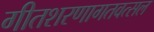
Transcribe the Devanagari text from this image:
गीतशरणागतवत्सल